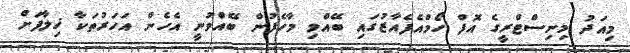
މިއަދު މިނިސްޓްރީގެ އޮފް ހޯމްއެފެއާޒުގައި ބޭއްވި މާހެފުން ބޭއްވުނީ އެހެން އަހަރުތަކާ ޚިލާފަށް